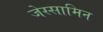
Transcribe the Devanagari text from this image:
जेस्सामिन